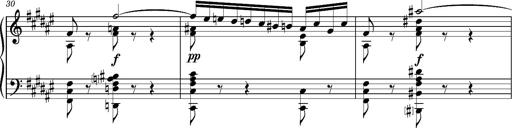
Title: Cavatine de Robert le Diable
Composer: Franz Liszt
Key: F-sharp minor